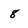
Character: 8